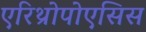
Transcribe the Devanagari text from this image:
एरिथ्रोपोएसिस